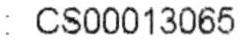
: CS00013065